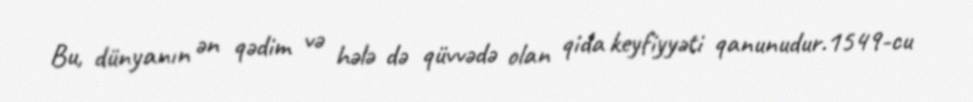
Bu, dünyanın ən qədim və hələ də qüvvədə olan qida keyfiyyəti qanunudur.1549-cu